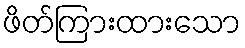
ဖိတ်ကြားထားသော